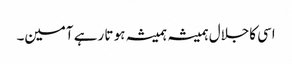
اسی کاجلال ہمیشہ ہمیشہ ہو تا رہے آمین۔